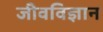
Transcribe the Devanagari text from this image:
जीवविज्ञान